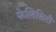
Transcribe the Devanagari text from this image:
फेलिसिटी